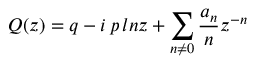
Q ( z ) = q - i \, p \, l n z + \sum _ { n \neq 0 } \frac { a _ { n } } { n } z ^ { - n }